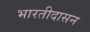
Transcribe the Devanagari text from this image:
भारतीदासन